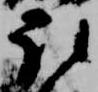
取